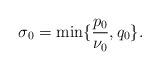
LaTeX: \begin{align*}\sigma_0=\min\{\frac{p_0}{\nu_0}, q_0\}.\end{align*}